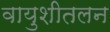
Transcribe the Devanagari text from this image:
वायुशीतलन